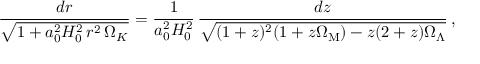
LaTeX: { \frac { d r } { \sqrt { 1 + a _ { 0 } ^ { 2 } H _ { 0 } ^ { 2 } \, r ^ { 2 } \, \Omega _ { K } } } } = { \frac { 1 } { a _ { 0 } ^ { 2 } H _ { 0 } ^ { 2 } } } \, { \frac { d z } { \sqrt { ( 1 + z ) ^ { 2 } ( 1 + z \Omega _ { \mathrm { M } } ) - z ( 2 + z ) \Omega _ { \Lambda } } } } \, ,